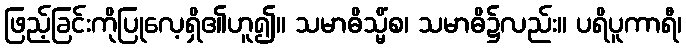
ဖြည့်ခြင်းကိုပြုလေ့ရှိ၏ဟူ၍။ သမာဓိသ္မိံစ၊ သမာဓိ၌လည်း။ ပရိပူကာရီ၊